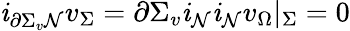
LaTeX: \mathit{i}_{\partial\Sigma_{v}\mathcal{{N}}}v_{\Sigma}=\partial\Sigma_{v}\mathit{i}_{\mathcal{{N}}}\mathit{i}_{\mathcal{{N}}}v_{\Omega}|_{\Sigma}=0